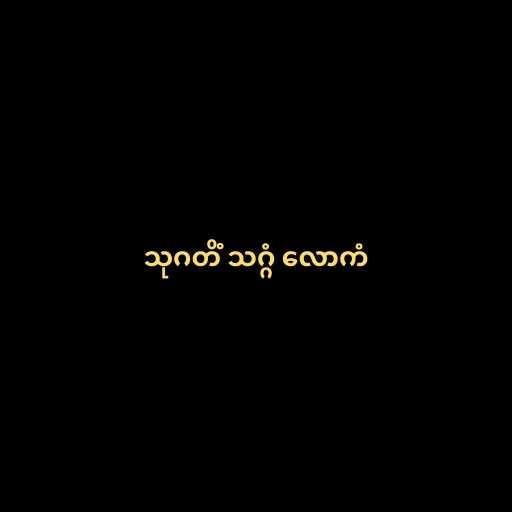
သုဂတိံ သဂ္ဂံ လောကံ